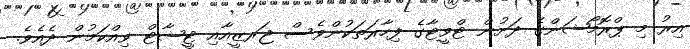
އިރު މި ޕްރޮމޯޝަންގެ ދަށުން ޓްވީޓާގެ ފިހާރަތަކުންވެސް ޖަރޒީއާއި ޓީޝާޓް ވިއްކަމުން ދެއެވެ.